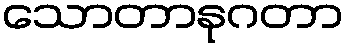
သောတာနုဂတာ